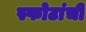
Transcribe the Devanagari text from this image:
स्फोटांची